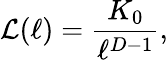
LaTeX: \mathcal{L}(\ell)=\frac{K_{0}}{\ell^{D-1}},